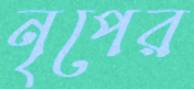
নৃপের